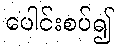
ပေါင်းစပ်၍